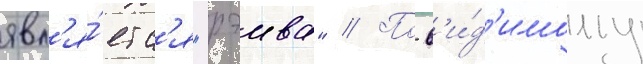
явл'я́етс'я "рэива" // По-в'и́д'имому